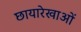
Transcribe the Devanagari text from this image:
छायारेखाओं